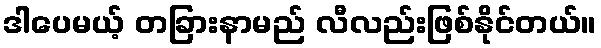
ဒါပေမယ့် တခြားနာမည် လီလည်းဖြစ်နိုင်တယ်။